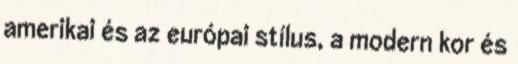
amerikai és az európai stílus, a modern kor és